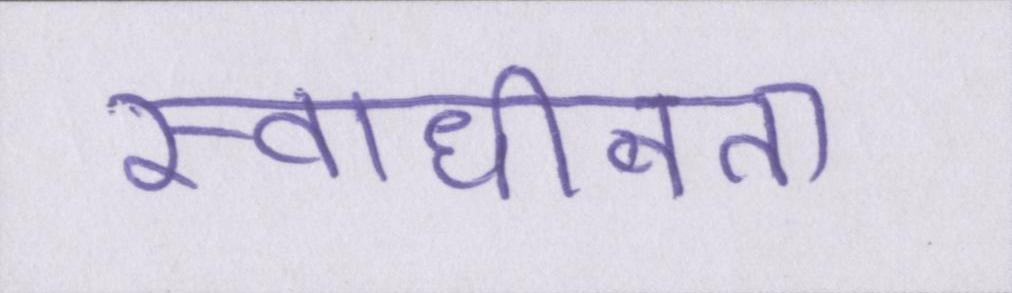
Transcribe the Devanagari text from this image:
स्वाधीनता